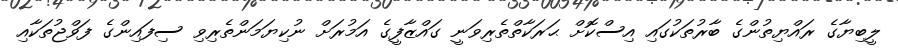
ލީބިޔާގެ ރައްޔިތުންގެ ބާރުތަކުގައި އިސްކޮށް ޙަރަކާތްތެރިވަނީ ގައްޒާފީގެ އަމުރަށް ނުކިޔަމަންތެރިވި ސިފައިންގެ ފަވްޖުތަކާއި